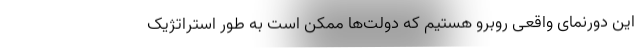
این دورنمای واقعی روبرو هستیم که دولت‌ها ممکن است به طور استراتژیک